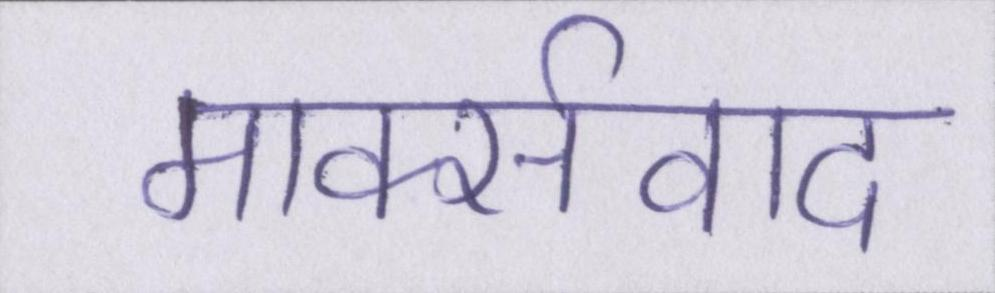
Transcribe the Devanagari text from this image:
मार्क्सवाद